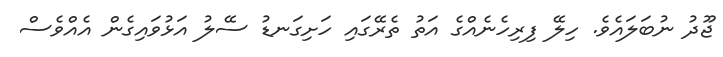
ޖޫދު ނުބަލައެވެ. ހިލޭ ފިރިހެނެއްގެ އަތު ތެރޭގައި ހަށިގަނޑު ސޭލު އަޅުވައިގެން އެއްވެސް